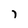
Character: 7